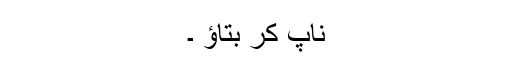
ناپ کر بتاؤ ۔